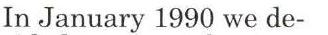
In January 1990 we de-